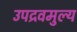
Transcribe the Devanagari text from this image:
उपद्रवमुल्य